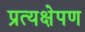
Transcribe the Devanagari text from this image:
प्रत्यक्षेपण